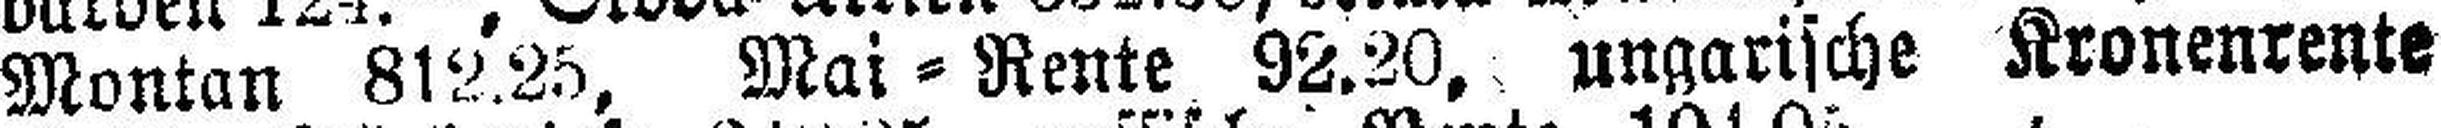
Montan 812.25, Mai=Rente 92.20, ungarische Kronenrente